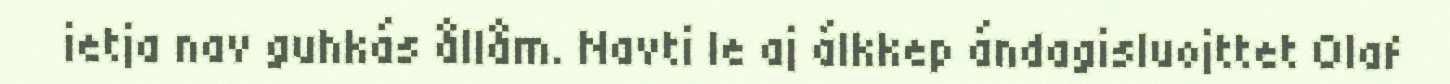
ietja nav guhkás ållåm. Navti le aj álkkep ándagisluojttet Olaf